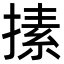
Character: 㨞